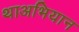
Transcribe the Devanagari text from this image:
थाअभियान